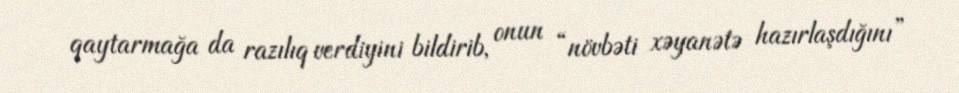
qaytarmağa da razılıq verdiyini bildirib, onun “növbəti xəyanətə hazırlaşdığını”